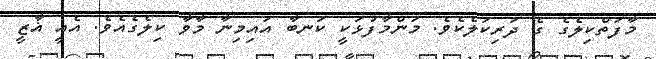
މާފަތްކިލެގެ ގެ ދަރިކަލެކެވެ. މަންމާފުޅަކީ ކަނބާ އައިމިނާ މާވާ ކިލެގެއެވެ. އެއީ ޣާޒީ